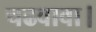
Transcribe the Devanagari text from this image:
चढवावा।